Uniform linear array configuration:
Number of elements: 64
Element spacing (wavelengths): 0.5
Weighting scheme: kaiser
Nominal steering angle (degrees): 60
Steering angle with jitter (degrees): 59.721
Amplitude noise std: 0.05
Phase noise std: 0.05

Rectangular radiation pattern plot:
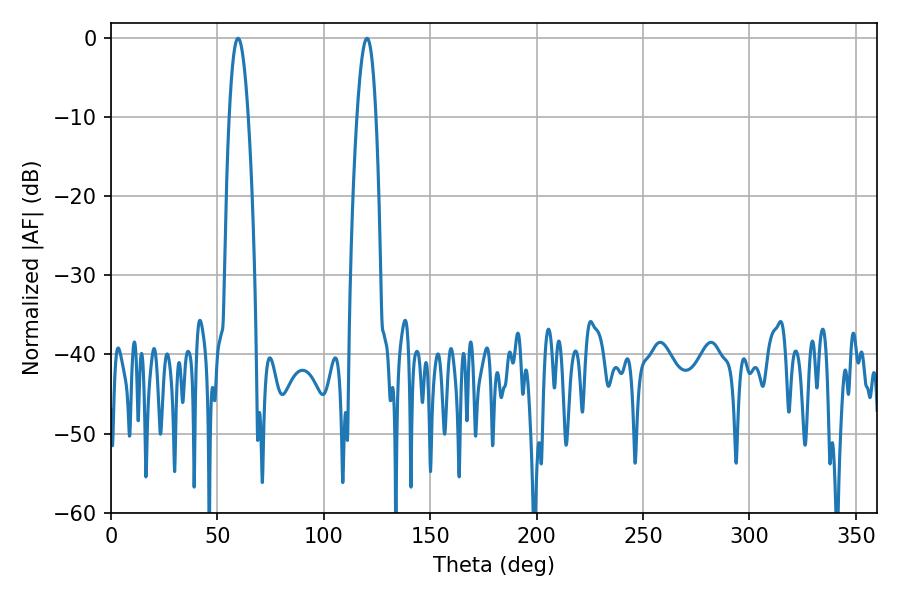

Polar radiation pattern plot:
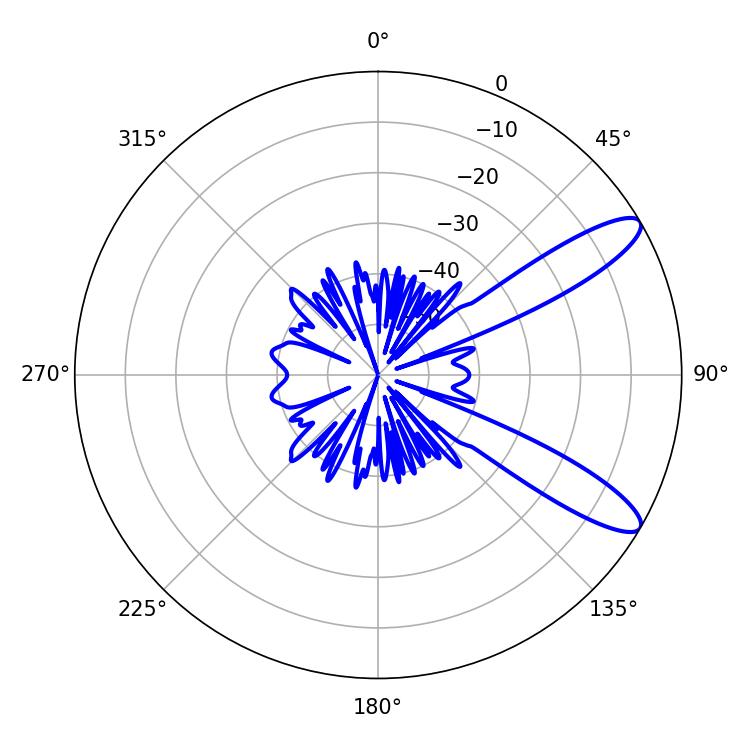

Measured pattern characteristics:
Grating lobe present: FALSE
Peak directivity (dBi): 10.955
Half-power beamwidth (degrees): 4.86
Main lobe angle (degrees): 59.76